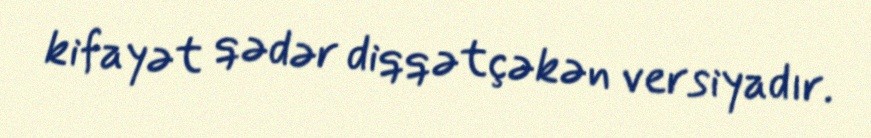
kifayət qədər diqqətçəkən versiyadır.